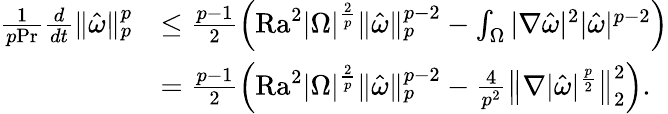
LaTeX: \begin{array}{rl}{\frac{1}{p\mathrm{Pr}}\frac{d}{dt}\| \hat{\omega}\| _{p}^{p}}&{\leq\frac{p-1}{2}\left(\mathrm{{Ra}}^{2}|\Omega|^{\frac{2}{p}}\| \hat{\omega}\| _{p}^{p-2}-\int_{\Omega}|\nabla\hat{\omega}|^{2}|\hat{\omega}|^{p-2}\right)}\\ &{=\frac{p-1}{2}\left(\mathrm{{Ra}}^{2}|\Omega|^{\frac{2}{p}}\| \hat{\omega}\| _{p}^{p-2}-\frac{4}{p^{2}}\big\| \nabla|\hat{\omega}|^{\frac{p}{2}}\big\| _{2}^{2}\right).}\end{array}